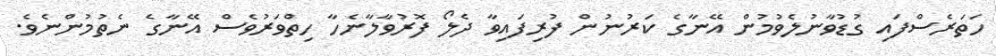
ހަތަރެސްފައި ގުޑުވާނުލެވުމުން އޭނާގެ ކަރުނުން ފުރިފައިވާ ދެލޯ ފޮރުވާލާނެހާ ހިތްވަރުވެސް އޭނާގެ ނެތުމުންނެވެ.